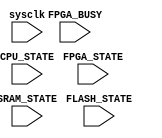
module MEMORY_CONTROLLER
#(
  parameter ADDR_W = 17,
  parameter DATA_W = 8
)
(
    input       sysclk,
    input       FPGA_BUSY,
    input [1:0] FPGA_STATE,
    input [1:0] SRAM_STATE,
    input [1:0] FLASH_STATE,
    input [1:0] CPU_STATE
);


localparam STATE_IDLE      = 0;
localparam STATE_READ      = 1;
localparam STATE_WRITE     = 2;

localparam TRI_HI_Z        =1'bZ;

reg [1:0] DEVICE_SEL = 0;

always @ (posedge sysclk)
  begin
    
  end

always @ (DEVICE_SEL)
  begin
    
  end

endmodule




/*

if

*/